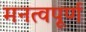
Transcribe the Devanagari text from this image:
मनत्वपूर्ण